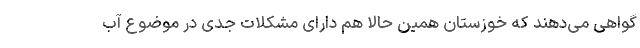
گواهی می‌دهند که خوزستان همین حالا هم دارای مشکلات جدی در موضوع آب